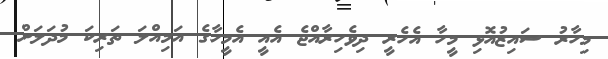
މިހާރު ސައިޒުއޮޅި މީހާ އެހެރީ ދިވެހިރާއްޖެ އެއީ އެމީހާގެ އަމިއްލަ ތަރިކަ މުދަލަށް